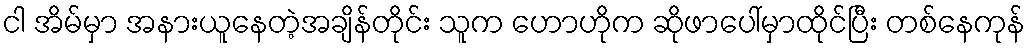
ငါ အိမ်မှာ အနားယူနေတဲ့အချိန်တိုင်း သူက ဟောဟိုက ဆိုဖာပေါ်မှာထိုင်ပြီး တစ်နေကုန်